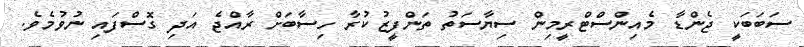
ސަބަބަކީ ޖެންޑާ މެއިންސްޓްރީމިން ސިޔާސަތު ތަންފީޒުކުރާ ހިސާބަށް ރާއްޖެ އަދި ގޮސްފައި ނުވުމެވެ.